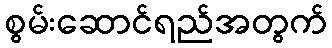
စွမ်းဆောင်ရည်အတွက်